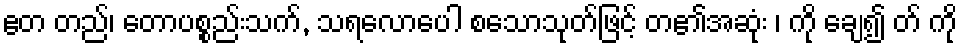
ဧတ တည်၊ တောပစ္စည်းသက်, သရလောပေါ စသောသုတ်ဖြင့် တ၏အဆုံး ၊ ကို ချေ၍ တ် ကို